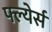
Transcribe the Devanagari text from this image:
फ्ल्येर्स